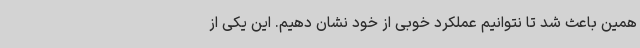
همین باعث شد تا نتوانیم عملکرد خوبی از خود نشان دهیم. این یکی از